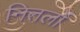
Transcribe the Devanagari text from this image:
नितलों